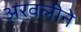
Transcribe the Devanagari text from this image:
अरवलीने